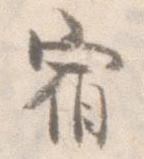
宿